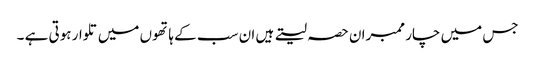
جس میں چار ممبران حصہ لیتے ہیں ان سب کے ہاتھوں میں تلوار ہوتی ہے ۔